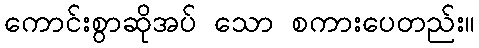
ကောင်းစွာဆိုအပ် သော စကားပေတည်း။